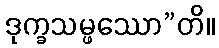
ဒုက္ခသမ္ဖဿော”တိ။